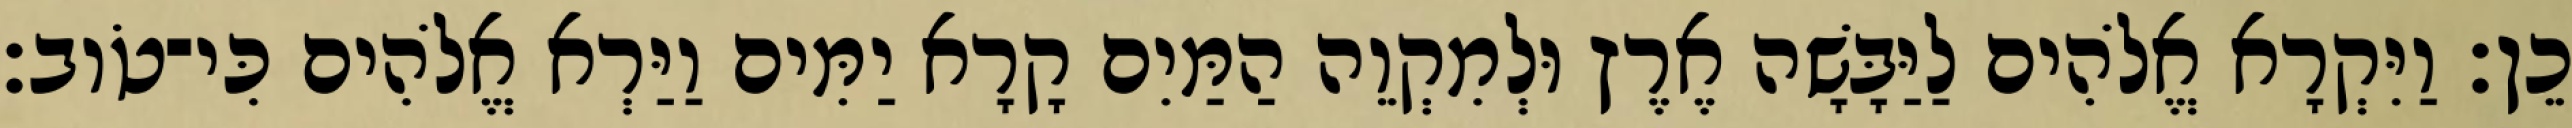
כֵן׃ וַיִּקְרָא אֱלֹהִים לַיַּבָּשָׁה אֶרֶץ וּלְמִקְוֵה הַמַּיִם קָרָא יַמִּים וַיַּרְא אֱלֹהִים כִּי־טֹוב׃